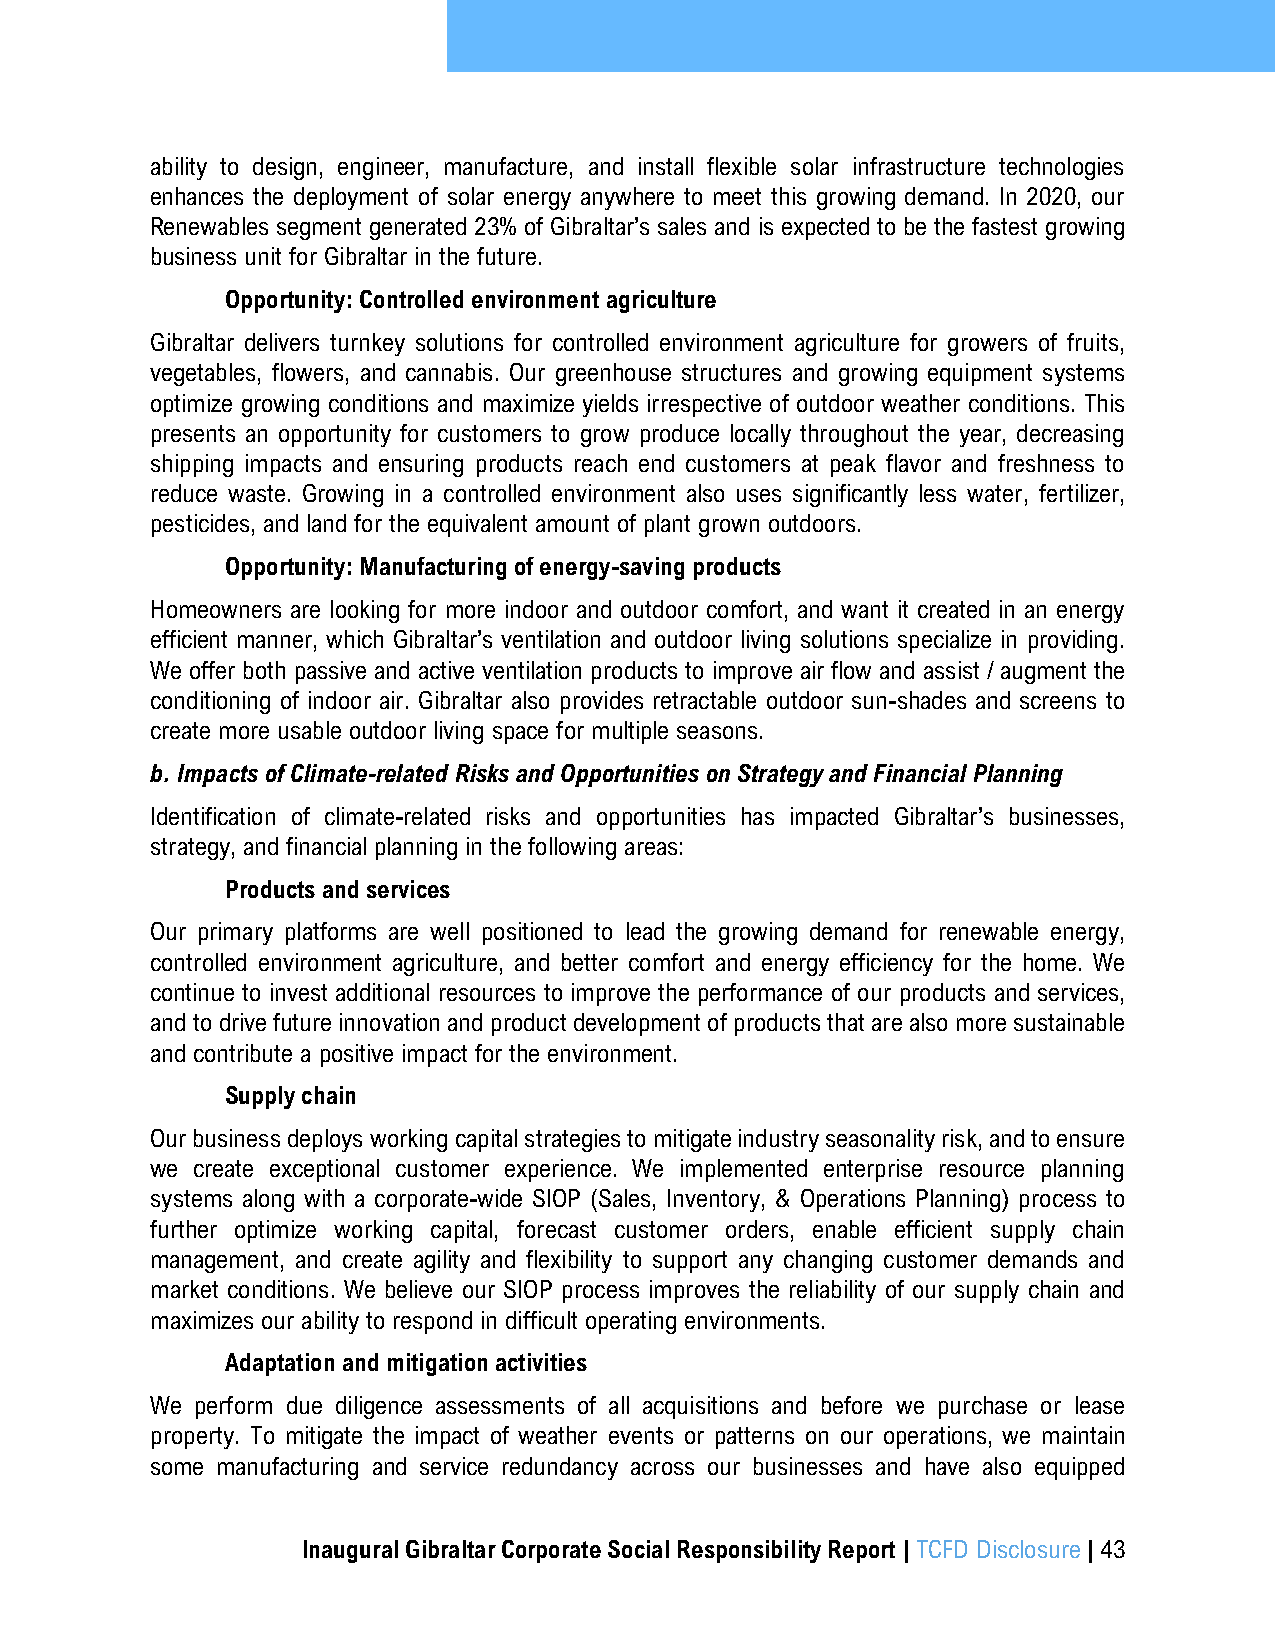
ability to design, engineer, manufacture, and install flexible solar infrastructure technologies
 enhances the deployment of solar energy anywhere to meet this growing demand. In 2020, our
 Renewables segment generated 23% of Gibraltar’s sales and is expected to be the fastest growing
 business unit for Gibraltar in the future.
 Opportunity: Controlled environment agriculture
 Gibraltar delivers turnkey solutions for controlled environment agriculture for growers of fruits,
 vegetables, flowers, and cannabis. Our greenhouse structures and growing equipment systems
 optimize growing conditions and maximize yields irrespective of outdoor weather conditions. This
 presents an opportunity for customers to grow produce locally throughout the year, decreasing
 shipping impacts and ensuring products reach end customers at peak flavor and freshness to
 reduce waste. Growing in a controlled environment also uses significantly less water, fertilizer,
 pesticides, and land for the equivalent amount of plant grown outdoors.
 Opportunity: Manufacturing of energy-saving products
 Homeowners are looking for more indoor and outdoor comfort, and want it created in an energy
 efficient manner, which Gibraltar’s ventilation and outdoor living solutions specialize in providing.
 We offer both passive and active ventilation products to improve air flow and assist / augment the
 conditioning of indoor air. Gibraltar also provides retractable outdoor sun-shades and screens to
 create more usable outdoor living space for multiple seasons.
 b. Impacts of Climate-related Risks and Opportunities on Strategy and Financial Planning
 Identification of climate-related risks and opportunities has impacted Gibraltar’s businesses,
 strategy, and financial planning in the following areas:
 Products and services
 Our primary platforms are well positioned to lead the growing demand for renewable energy,
 controlled environment agriculture, and better comfort and energy efficiency for the home. We
 continue to invest additional resources to improve the performance of our products and services,
 and to drive future innovation and product development of products that are also more sustainable
 and contribute a positive impact for the environment.
 Supply chain
 Our business deploys working capital strategies to mitigate industry seasonality risk, and to ensure
 we create exceptional customer experience. We implemented enterprise resource planning
 systems along with a corporate-wide SIOP (Sales, Inventory, & Operations Planning) process to
 further optimize working capital, forecast customer orders, enable efficient supply chain
 management, and create agility and flexibility to support any changing customer demands and
 market conditions. We believe our SIOP process improves the reliability of our supply chain and
 maximizes our ability to respond in difficult operating environments.
 Adaptation and mitigation activities
 We perform due diligence assessments of all acquisitions and before we purchase or lease
 property. To mitigate the impact of weather events or patterns on our operations, we maintain
 some manufacturing and service redundancy across our businesses and have also equipped
 Inaugural Gibraltar Corporate Social Responsibility Report | TCFD Disclosure | 43